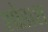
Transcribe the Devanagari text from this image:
शोडाश